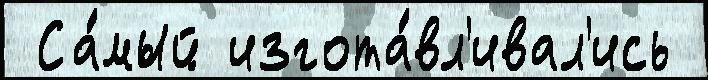
 Са́мый изгота́вл'ивал'ись